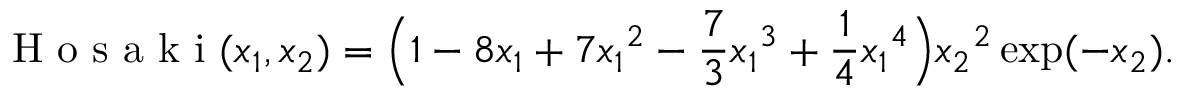
\mathrm { ~ H ~ o ~ s ~ a ~ k ~ i ~ } ( x _ { 1 } , x _ { 2 } ) = \Big ( 1 - 8 x _ { 1 } + 7 { x _ { 1 } } ^ { 2 } - \frac { 7 } { 3 } { x _ { 1 } } ^ { 3 } + \frac { 1 } { 4 } { x _ { 1 } } ^ { 4 } \Big ) { x _ { 2 } } ^ { 2 } \exp ( - x _ { 2 } ) .